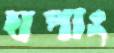
ঘপাং